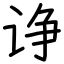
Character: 诤